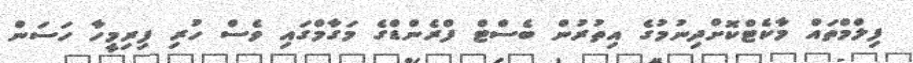
ފިލްމްތައް މާކެޓްކޮށްދިނުމުގެ އިތުރުން ބެސްޓް ފްރެންޑްގެ މަގާމްގައި ވެސް ހުރި ފިރިމީހާ ހަސަން